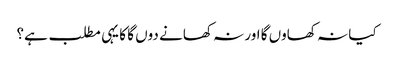
کیا نہ کھاوں گا اور نہ کھانے دوں گا کا یہی مطلب ہے؟